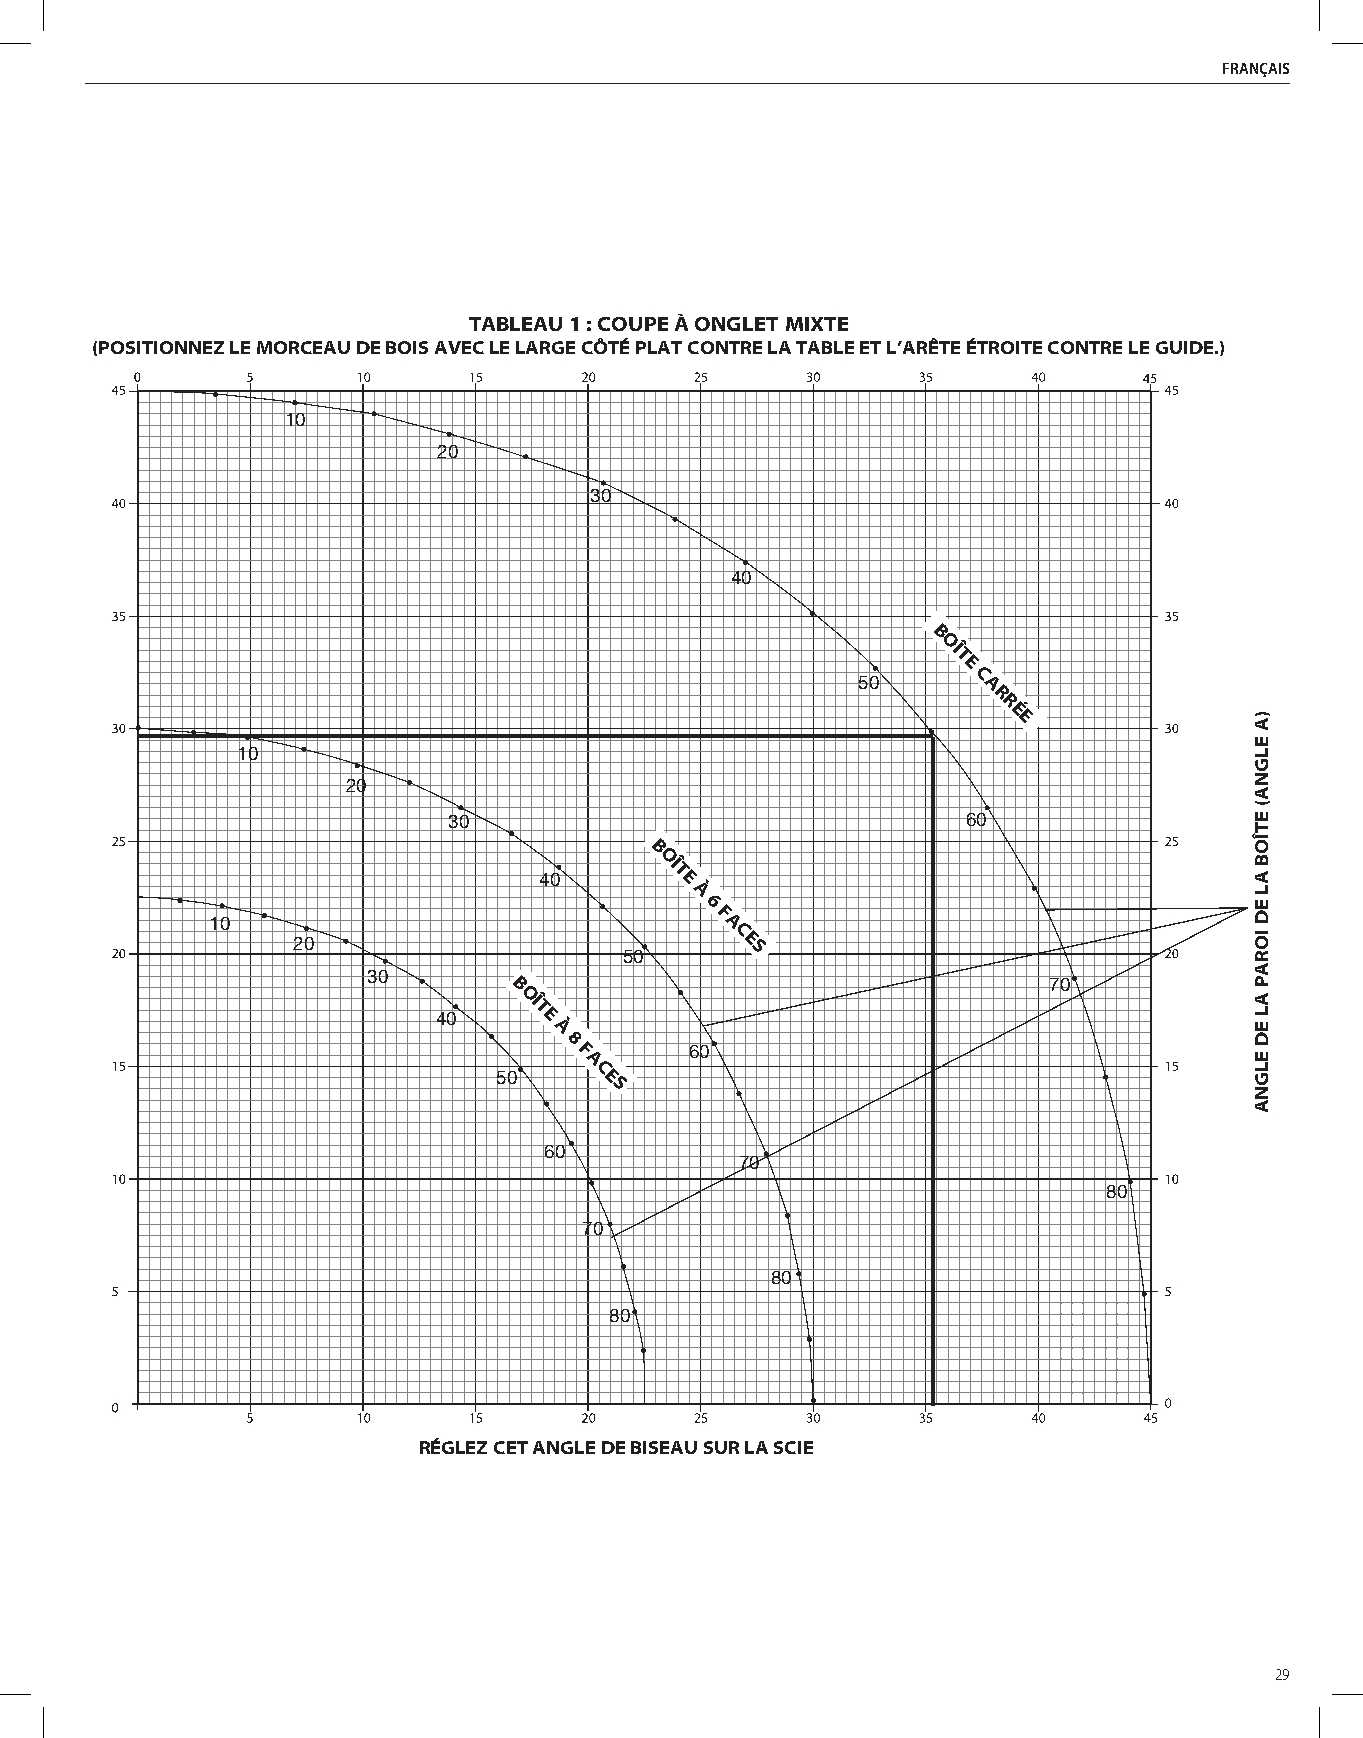
FRAnçAis
 TABLEAU 1 : COUPE À ONGLET MIXTE
 (POSITIONNEZ LE MORCEAU DE BOIS AVEC LE LARGE CÔTÉ PLAT CONTRE LA TABLE ET L’ARÊTE ÉTROITE CONTRE LE GUIDE.)
 10
 20
 30
 40
 B
 OÎ
 T
 E
 50     C
 A
 R
 R
 É E
 10
 20
 30                                60
 B
 OÎ
 40      T E
 À
 6
 10                               F A
 C
 20                            E
 50       S
 30
 B                                  70
 OÎ
 40    T E
 À
 8
 F       60
 A
 50    C E
 S
 60
 70
 80
 70
 80
 80
 RÉGLEZ CET ANGLE DE BISEAU SUR LA SCIE
 29
 )A
 ELGNA(
 ETÎOB
 AL
 ED
 IORAP
 AL
 ED
 ELGNA